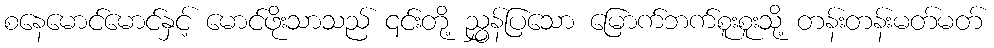
စနေမောင်မောင်နှင့် မောင်ဖိုးသာသည် ၎င်းတို့ ညွှန်ပြသော မြောက်ဘက်စူးစူးသို့ တန်းတန်းမတ်မတ်